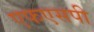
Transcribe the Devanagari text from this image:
एफएसपी